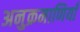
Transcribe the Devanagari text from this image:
अनुक्रमाणियाँ